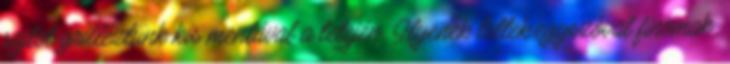
sajtot grilleztünk kis mentával a tetején. Ilyenek lettek.egyszóval finomak.